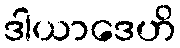
ဒါယာဒေဟိ